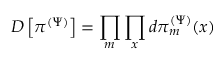
D \left[ \pi ^ { ( \Psi ) } \right] = \prod _ { m } \prod _ { x } d \pi _ { m } ^ { ( \Psi ) } ( x )